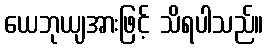
ယေဘုယျအားဖြင့် သိရပါသည်။